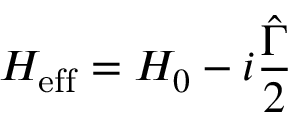
H _ { \mathrm { e f f } } = H _ { 0 } - i \frac { \hat { \Gamma } } { 2 }